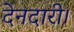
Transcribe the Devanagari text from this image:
देनदारी।